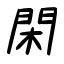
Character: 閑